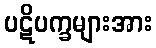
ပဋိပက္ခများအား